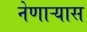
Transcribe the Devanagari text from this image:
नेणाऱ्यास